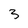
Character: 3